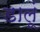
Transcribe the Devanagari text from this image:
डालूं